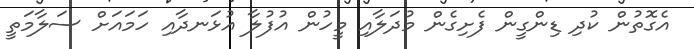
އެގޮތުން ކުދި ޑިންގީން ފެށިގެން މުދަލާއި މީހުން އުފުލާ އުޅަނދާއި ހަމައަށް ސަލާމަތީ